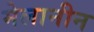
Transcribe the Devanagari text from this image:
मेलानीन